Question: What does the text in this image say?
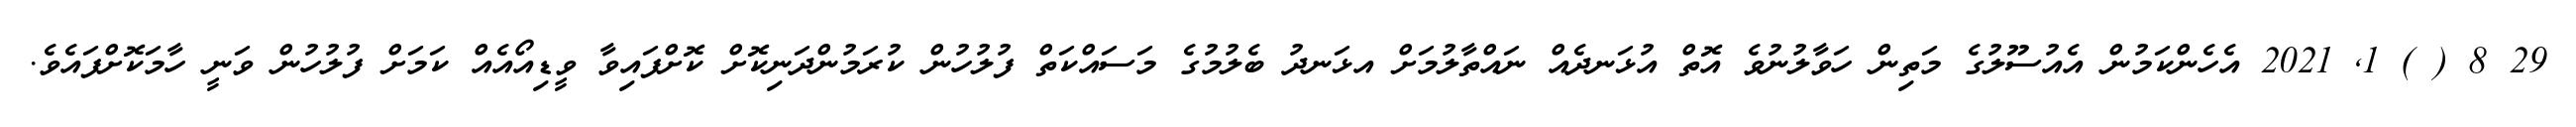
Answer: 29 8 ( ) 1, 2021 އެހެންކަމުން އެއުސޫލުގެ މަތިން ހަވާލުނުވެ އޮތް އުޅަނދެއް ނައްތާލުމަށް އޅަނދު ބެލުމުގެ މަސައްކަތް ފުލުހުން ކުރަމުންދަނިކޮށް ކޮށްފައިވާ ވީޑިއޯއެއް ކަމަށް ފުލުހުން ވަނީ ހާމަކޮށްފައެވެ.